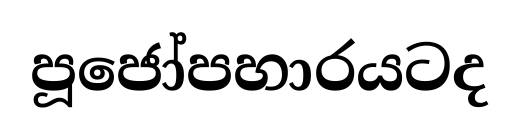
පූජෝපහාරයටද